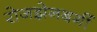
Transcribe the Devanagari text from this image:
रोजझेनबर्गी